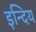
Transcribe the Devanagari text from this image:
इन्दिय